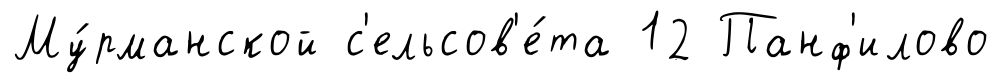
Му́рманской с'ельсов'е́та 12 Панф'илово